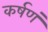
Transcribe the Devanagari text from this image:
कर्षणं